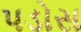
પડોસ